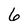
Character: 6